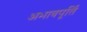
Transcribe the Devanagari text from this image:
अभावपूर्ति